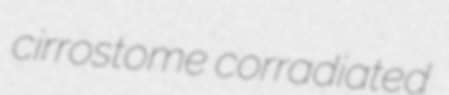
cirrostome corradiated